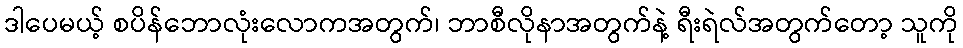
ဒါပေမယ့် စပိန်ဘောလုံးလောကအတွက်၊ ဘာစီလိုနာအတွက်နဲ့ ရီးရဲလ်အတွက်တော့ သူကို